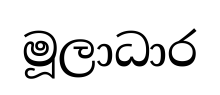
මූලාධාර